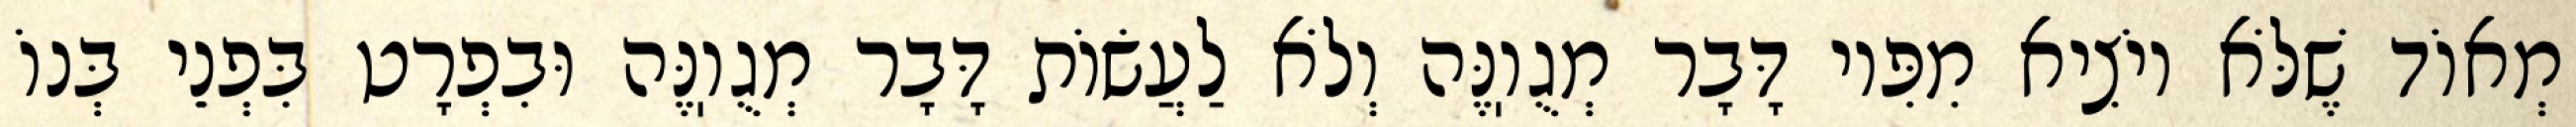
מְאוֹד שֶׁלֹּא יוֹצִיא מִפִּיו דָּבָר מְגֻוֽנֶּה וְלֹא לַעֲשׂוֹת דָּבָר מְגֻוֽנֶּה וּבִפְרָט בִּפְנֵי בְּנוֹ